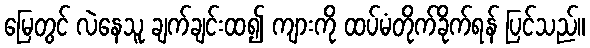
မြေတွင် လဲနေသူ ချက်ချင်းထ၍ ကျားကို ထပ်မံတိုက်ခိုက်ရန် ပြင်သည်။